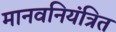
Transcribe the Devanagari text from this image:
मानवनियंत्रित